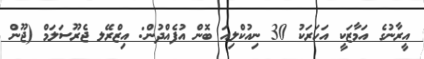
އީރާނުގެ އަމާޒަކީ އަހަރަކު 30 ނިއުކްލިއަ ބޮން އުފެއްދުން: އިޒްރޭލ ޖެރޫސަލަމް (ޖޫން